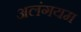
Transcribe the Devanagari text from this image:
अलंगयम